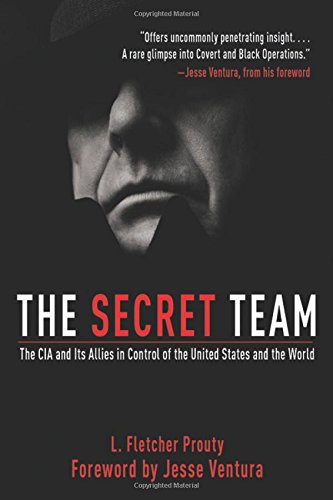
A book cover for The Secret Team: The CIA and Its Allies in Control of the United States and the World; L. Fletcher Prouty; Biographies & Memoirs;